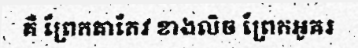
គឺ ព្រែកតាកែវ ខាងលិច ព្រែកអូគរ